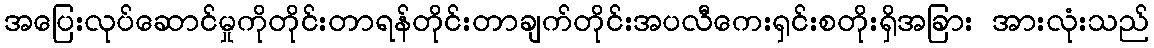
အပြေးလုပ်ဆောင်မှုကိုတိုင်းတာရန်တိုင်းတာချက်တိုင်းအပလီကေးရှင်းစတိုးရှိအခြား အားလုံးသည်